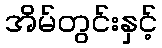
အိမ်တွင်းနှင့်